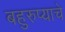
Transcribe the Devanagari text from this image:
बहुरुप्याचे